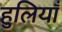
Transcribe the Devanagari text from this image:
हुलियाँ